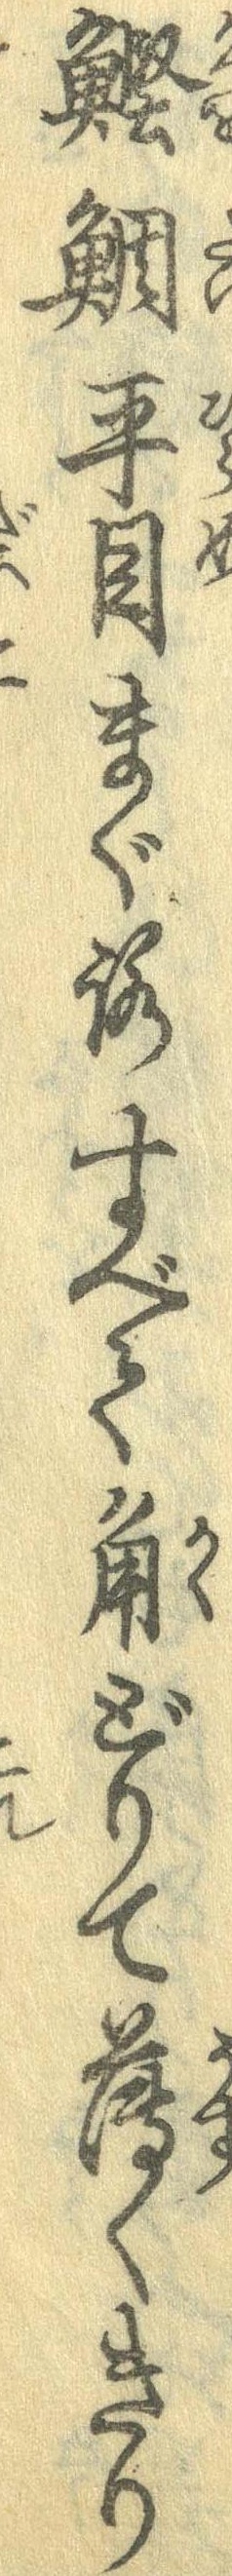
鰹鯛平目まぐろすべて角どりて薄くきり